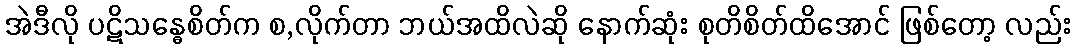
အဲဒီလို ပဋိသန္ဓေစိတ်က စ,လိုက်တာ ဘယ်အထိလဲဆို နောက်ဆုံး စုတိစိတ်ထိအောင် ဖြစ်တော့ လည်း